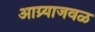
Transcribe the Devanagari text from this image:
आग्र्याजवळ